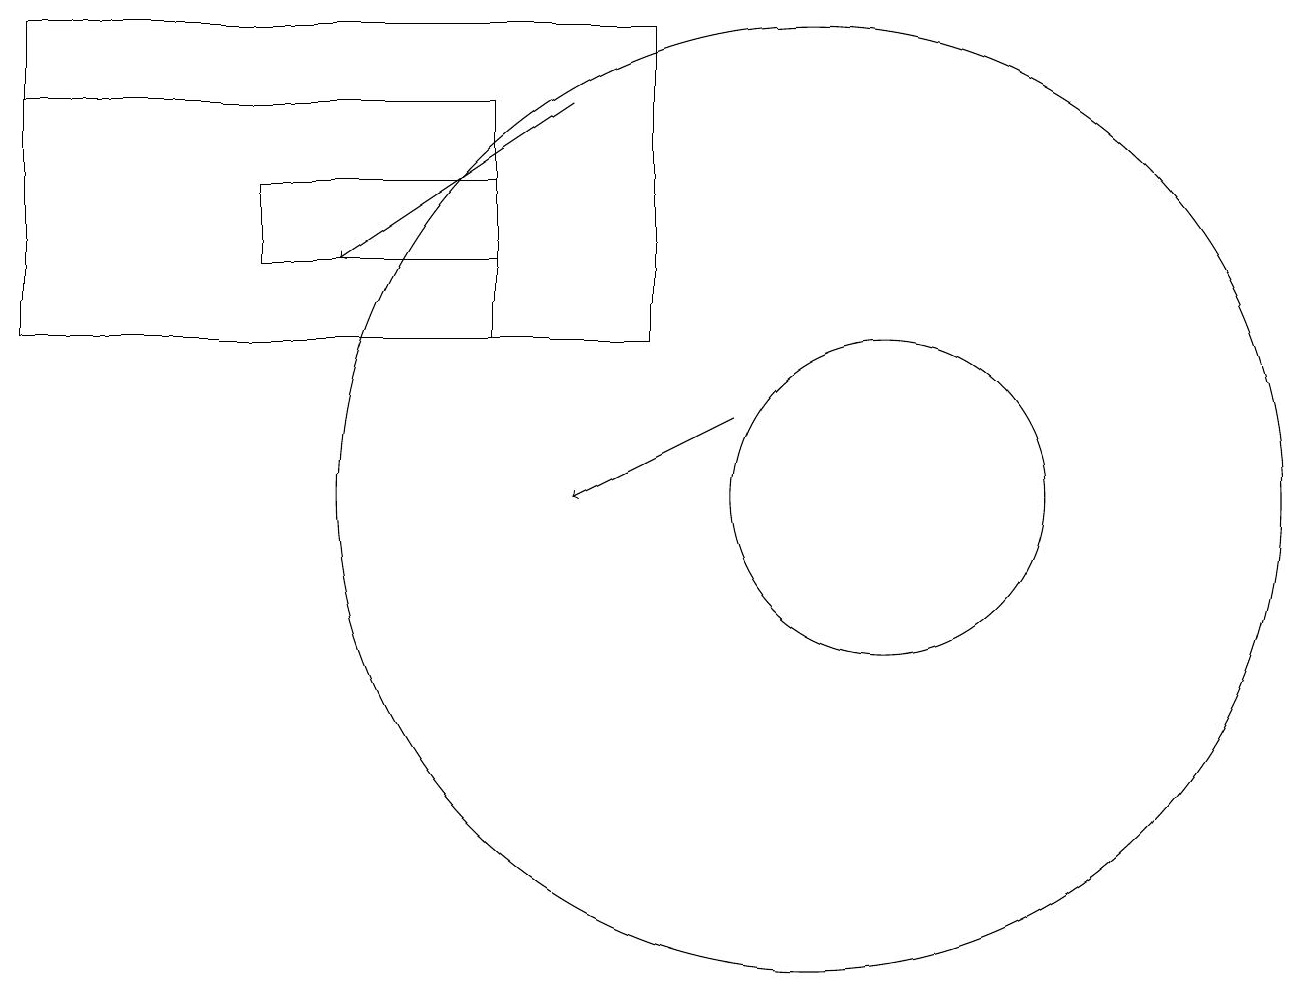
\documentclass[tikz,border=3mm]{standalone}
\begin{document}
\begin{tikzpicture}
\draw (11,12) circle (2);
\draw (6,14) rectangle (0,17);
\draw[->] (9,13) -- (7,12);
\draw (10,12) circle (6);
\draw[->] (7,17) -- (4,15);
\draw (0,18) rectangle (8,14);
\draw (6,15) rectangle (3,16);
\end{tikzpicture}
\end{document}